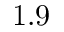
1 . 9